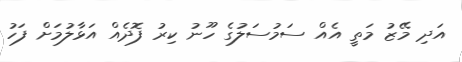
އަދި މޭޒު މަތީ އެއް ސަމުސަލުގެ ހޫނު ކިރު ފޮދެއް އަޅާލުމަށް ފަހު